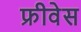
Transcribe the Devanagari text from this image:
फ्रीवेस